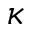
\kappa